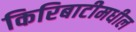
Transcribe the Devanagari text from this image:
किरिबाटीमधील